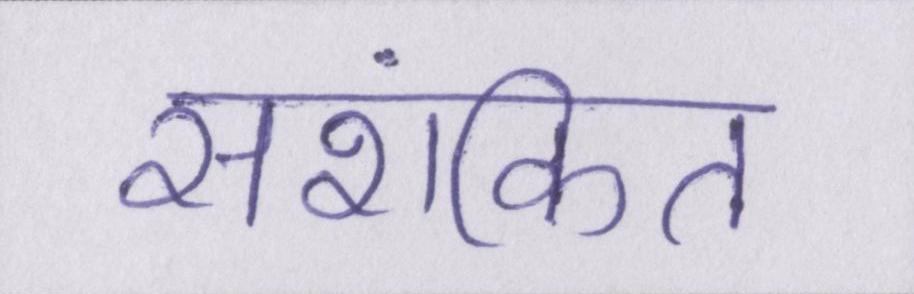
सशंकित